[Report on the health of British troops in the Madras command]
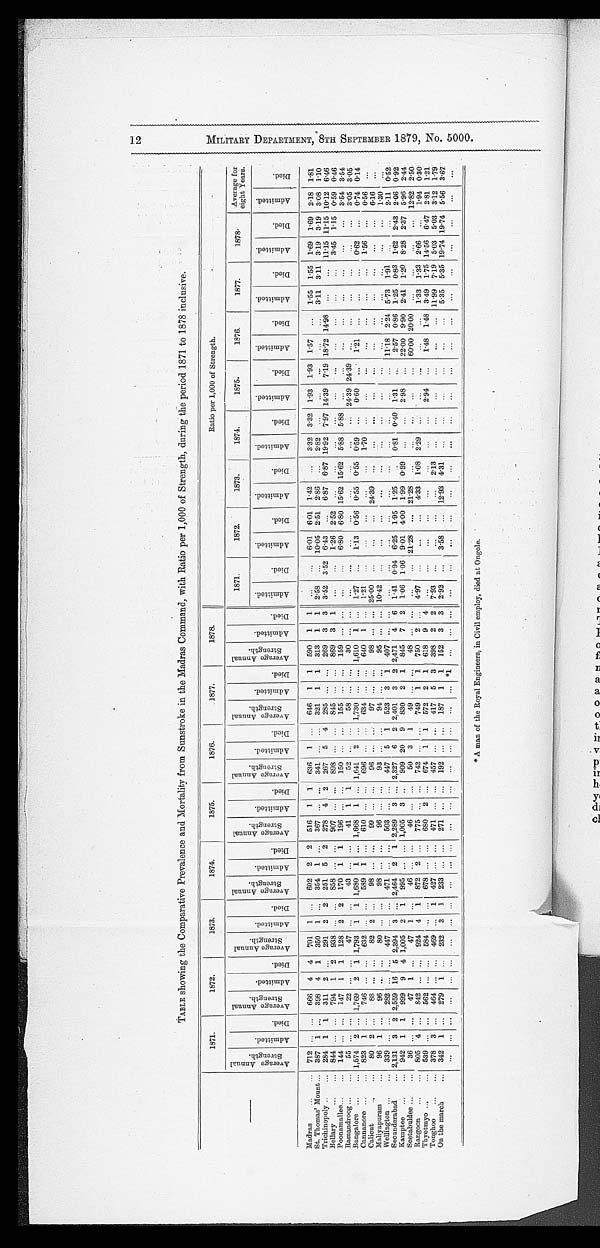
TABLE showing the Comparative Prevalence and Mortality from Sunstroke in the Madras Command, with Ratio per 1,000 of Strength, during the period 1871 to 1878 inclusive.
—
1 8 7 1 .
1 8 7 2 .
1 8 7 3 .
1 8 7 4 .
1 8 7 5 .
1 8 7 6 .
1 8 7 7 .
1 8 7 8 .
Ratio per 1,000 of Strength.
A v e r a g e A n n u a l S t r e n g t h .
A d m i t t e d .
D i e d .
A v e r a g e A n n u a l S t r e n g t h .
A d m i t t e d .
D i e d .
A v e r a g e A n n u a l S t r e n g h t .
A d m i t t e d .
D i e d
A v e r a g e A n n u a l S t e n g t h .
A d m i t t e d .
D i e d .
A v e r a g e A n n u a l S t r e n g t h .
A d m i t t e d .
D i e d .
A v e r a g e A n n u a l S t r e n g t h .
A d m i t t e d .
D i e d .
A v e r a g e A n n u a l S t r e n g t h .
A d m i t t e d .
D i e d .
A v e r a g e A n n u a l S t r e n g t h .
A d m i t t e d .
D i e d
1 8 7 1 .
1 8 7 2 .
1 8 7 3 .
1 8 7 4 .
1 8 7 5 .
1 8 7 6 .
1 8 7 7 .
1 8 7 8 .
A v e r a g e f o r e i g h t Y e a r s .
A d m i t t e d .
D i e d .
A d m i t t e d .
D i e d .
A d m i t t e d .
D i e d .
A d m i t t e d .
D i e d .
A d m i t t e d .
D i e d .
A d m i t t e d .
D i e d .
A d m i t t e d .
D i e d .
A d m i t t e d .
D i e d .
A d m i t t e d .
D i e d
Madras
712
. . .
. . .
6 6 6
4
4
7 0 1
1 . . .
6 0 2
2
2
5 1 6
1
1
6 3 6
1 . . .
6 4 6
1
1
5 9 0
1
1
. . .
. . .
6 · 0 1
6 · 0 1
1 · 4 2
. . .
3 · 3 2
3 · 3 2
1 · 9 3
1 · 9 3
1 · 5 7
. . .
1 · 5 5
1 · 5 5
1 · 6 9
1 · 6 9
2 · 1 8
1 · 8 1
S t . T h o m a s ' M o u n t
387
1 . . .
3 9 8
4
1
3 5 0
1 . . .
3 5 4
1 . . .
3 6 7
. . .
. . .
3 4 1
. . .
. . .
3 2 1
1
1
3 1 3
1
1
2 · 5 8
. . . 1 0 · 0 5
2 · 5 1
2 · 8 6
. . .
2 · 8 2
. . .
. . .
. . .
. . .
. . .
3 · 1 1
3 · 1 1
3 · 1 9
3 · 1 9
3 · 0 8
1 · 1 0
Trichinopoly 284
1
1
3 1 1
2 . . .
2 9 1
2
2
2 5 1
5
2
2 7 8
4
2
2 6 7
5 4
2 8 5
. . .
. . .
2 6 9
3
3
3 · 5 2
3 · 5 2
6 · 4 3
. . .
6 · 8 7
6 · 8 7
1 9 · 9 2
7 · 9 7
1 4 · 3 9
7 · 1 9
1 8 · 7 2
1 4 · 9 8
. . .
. . .
1 1 · 1 5
1 1 · 1 5
1 0 · 1 2
6 · 4 6
Bellary 844
. . .
. . .
7 9 4
1
2
9 3 8
. . .
. . .
8 5 8
. . .
. . .
9 0 7
. . .
. . .
8 9 8
. . .
. . .
8 4 5
. . .
. . .
8 6 9
3
1
. . .
. . .
1 · 2 6
2 · 5 2
. . .
. . .
. . .
. . .
. . .
. . .
. . .
. . .
. . .
. . .
3 · 4 5
1 · 1 5
0 · 5 9
0 · 4 6
Poonamallee 144
. . .
. . .
1 4 7
1
1
1 2 8
2
2
1 7 0
1
1
1 9 6
. . .
. . .
1 5 0
. . . . . .
1 5 5
. . .
. . .
1 5 9
. . .
. . .
. . .
. . .
6 · 8 0
6 · 8 0
1 5 · 6 2
1 5 · 6 2
5 · 8 8
5 · 8 8
. . .
. . .
. . .
. . .
. . .
. . .
. . .
. . .
3 · 5 4
3 · 5 4
Ramandroog
55
. . .
. . .
2 2
. . .
. . .
4 7
. . .
. . .
4 3
. . .
. . .
4 1 1
1
5 2
. . . . . .
5 8
. . .
. . . 3 0
. . .
. . .
. . .
. . .
. . .
. . .
. . .
. . .
. . .
. . .
2 4 · 3 9
2 4 · 3 9
. . .
. . .
. . .
. . .
. . .
. . .
3 · 0 5
3 · 0 5
Bangalore 1,574
2
. . . 1 , 7 6 9
2
1 1 , 7 9 3
1
1 1 , 6 8 0
1 . . . 1 , 6 6 8
1 . . . 1 , 6 4 1
2 . . .
1 , 7 3 0
. . .
. . .
1 , 6 1 0
1
. . . 1 · 2 7
. . .
1 · 1 3
0 · 5 6
0 · 5 5
0 · 5 5
0 · 5 9
. . .
0 · 6 0
. . .
1 · 2 1
. . .
. . .
. . .
0 · 6 2
. . .
0 · 7 4
0 · 1 4
Cannanore 823
1 . . .
7 4 6
. . .
. . .
6 3 2
. . .
. . .
5 8 9
1 . . .
6 1 0
. . .
. . .
6 9 6
. . .
. . .
6 3 4
. . .
. . .
6 4 0
1 . . .
1 2 1
. . .
. . .
. . .
. . .
. . .
1 · 7 0
. . .
. . .
. . .
. . .
. . .
. . .
. . .
1 · 5 6
. . .
0 · 5 6
. . .
Calicut
80
2 . . .
8 8
. . .
. . .
8 2
2
. . .
9 8
. . .
. . .
9 9
. . .
. . .
9 6
. . .
. . .
9 7
. . .
. . .
9 8
. . .
. . .
2 5 · 0 0
. . .
. . .
. . .
2 4 · 3 9
. . .
. . .
. . .
. . .
. . .
. . .
. . .
. . .
. . .
. . .
. . .
6 · 1 6
. . .
Mailyapuram
96
1 . . .
9 6
. . .
. . .
8 0
. . .
. . .
9 8 . . .
. . .
9 6
. . .
. . .
9 3
. . .
. . .
9 4
. . .
. . .
9 5
. . .
. . .
1 0 · 4 2
. . .
. . .
. . .
. . .
. . .
. . .
. . .
. . .
. . .
. . .
. . .
. . .
. . .
. . .
. . .
1 · 3 0
. . .
We l l i n g t o n
339
. . .
. . .
282
. . . . . .
447
. . .
. . .
471
. . . . . .
503
. . .
. . .
447
5
1
523
3
1 407
. . .
. . .
. . .
. . .
. . .
. . .
. . .
. . .
. . .
. . .
. . .
. . .
1 1 · 1 8
2 · 2 4
5 · 7 3
1 · 9 1
. . .
. . . 2 · 1 1
0 · 5 2
Secunderabad 2,131
3
2 2,559 16 5 2,394 3
. . .
2,464 2 1 2,289 3
. . .
2,327 6 2 2,401 3 2 2,471 4
6
1 · 4 1
0 · 9 4
6 · 2 5
1 · 9 5
1·25
. . .
0 · 8 1
0 · 4 0
1·31
. . .
2·57 0·86 1·25 0·83
1 · 6 2
2·43
2 · 0 6
0 · 9 2
K a m p t e e
942
1
1
999 9 4 1,005 2 1 995
. . .
. . .
1,005 3
. . .
909 20 9 830 2 1 845 7 2 1·06 1·06 9·01 4·00 1·99
0 · 9 9
. . .
. . .
2·98
. . .
2 2 · 0 0
9 · 9 0
2 · 4 1
1 · 2 0
8 · 2 8
2 · 3 7
5 · 9 6
2 · 4 4
Seetabuldee
36
. . .
. . .
47 1
. . .
47 1
. . .
46
. . .
. . .
46 ...
. . .
50 3
1
49
. . .
. . .
4 8
. . .
. . .
. . .
. . .
21·28 ... 21·28
. . .
. . . . . .
. . .
...
6 0 · 0 0
20·00
. . .
. . .
. . .
. . .
12·82 2·50
Rangoon 805
4
. . .
842
. . .
. . .
924
4
1 872 2
. . .
775
. . .
. . .
742
. . .
. . .
749
1
1
750 2
. . .
4·97
. . .
. . .
. . .
4 · 3 8
1 · 0 8
2 · 2 9
. . .
. . .
. . .
. . .
. . .
1 · 3 3
1 · 3 3
2 · 6 6
. . .
1 · 9 4
0 · 3 0
Thyetmyo 539
. . .
. . .
562
. . .
. . .
584
. . .
. . .
678 ... ... 680
2
... 674
1
1
572 2 1 618 9
4
. . .
. . .
. . .
...
...
. . .
...
...
2 · 9 4
...
1 · 4 8
1 · 4 8
3 · 4 9
1 · 7 5
1 4 · 5 6
6 · 4 7
2 · 8 1
1 · 2 1
Tonghoo 378 3 ... 464
. . .
. . .
469 ... 1 427 ... ... 471
. . .
... 457 ... ... 417 5 3 398 2 2 7·93
. . .
. . .
. . .
. . .
2 · 1 3
. . .
...
...
...
...
... 11·99
7 · 1 9
5 · 0 3
5 · 0 3
3 · 1 2
1·79
On the march 342 1 ... 279
1
... 232 3 1
233
. . .
. . .
271
. . .
. . .
192
. . .
. . . 1 8 7
1
1
1 5 2
3
3
2 · 9 2
. . .
3 · 5 8
. . .
1 2 · 9 3
4 · 3 1
. . .
. . .
...
...
...
. . .
5 · 3 5
5 · 3 5
1 9 · 7 4
1 9 · 7 4
5 · 5 6
3 · 6 7
. . .
. . .
. . .
. . .
. . .
. . .
. . .
. . .
. . .
. . .
. . .
. . .
. . .
. . .
. . .
. . .
. . .
. . .
. . .
. . .
* 1
. . .
. . .
. . .
. . .
. . .
. . .
. . .
. . .
. . .
. . .
. . .
. . .
. . .
. . .
. . . . . .
. . .
. . .
. . .
. . .
. . .
1 2 M I L I T A R Y D E P A T M E N T , 8 T H S E P T E M B E R 1 8 7 9 , N o . 5 0 0 0 .